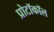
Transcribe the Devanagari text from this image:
प्रोटॉकॉल